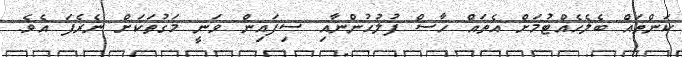
ކަންތައް ބެލެހެއްޓުމަށް އެތައް ހާސް ފުލުހުންނާއި ސިފައިން ވަނީ މަގުތަކަށް ނެރެފަ އެވެ.